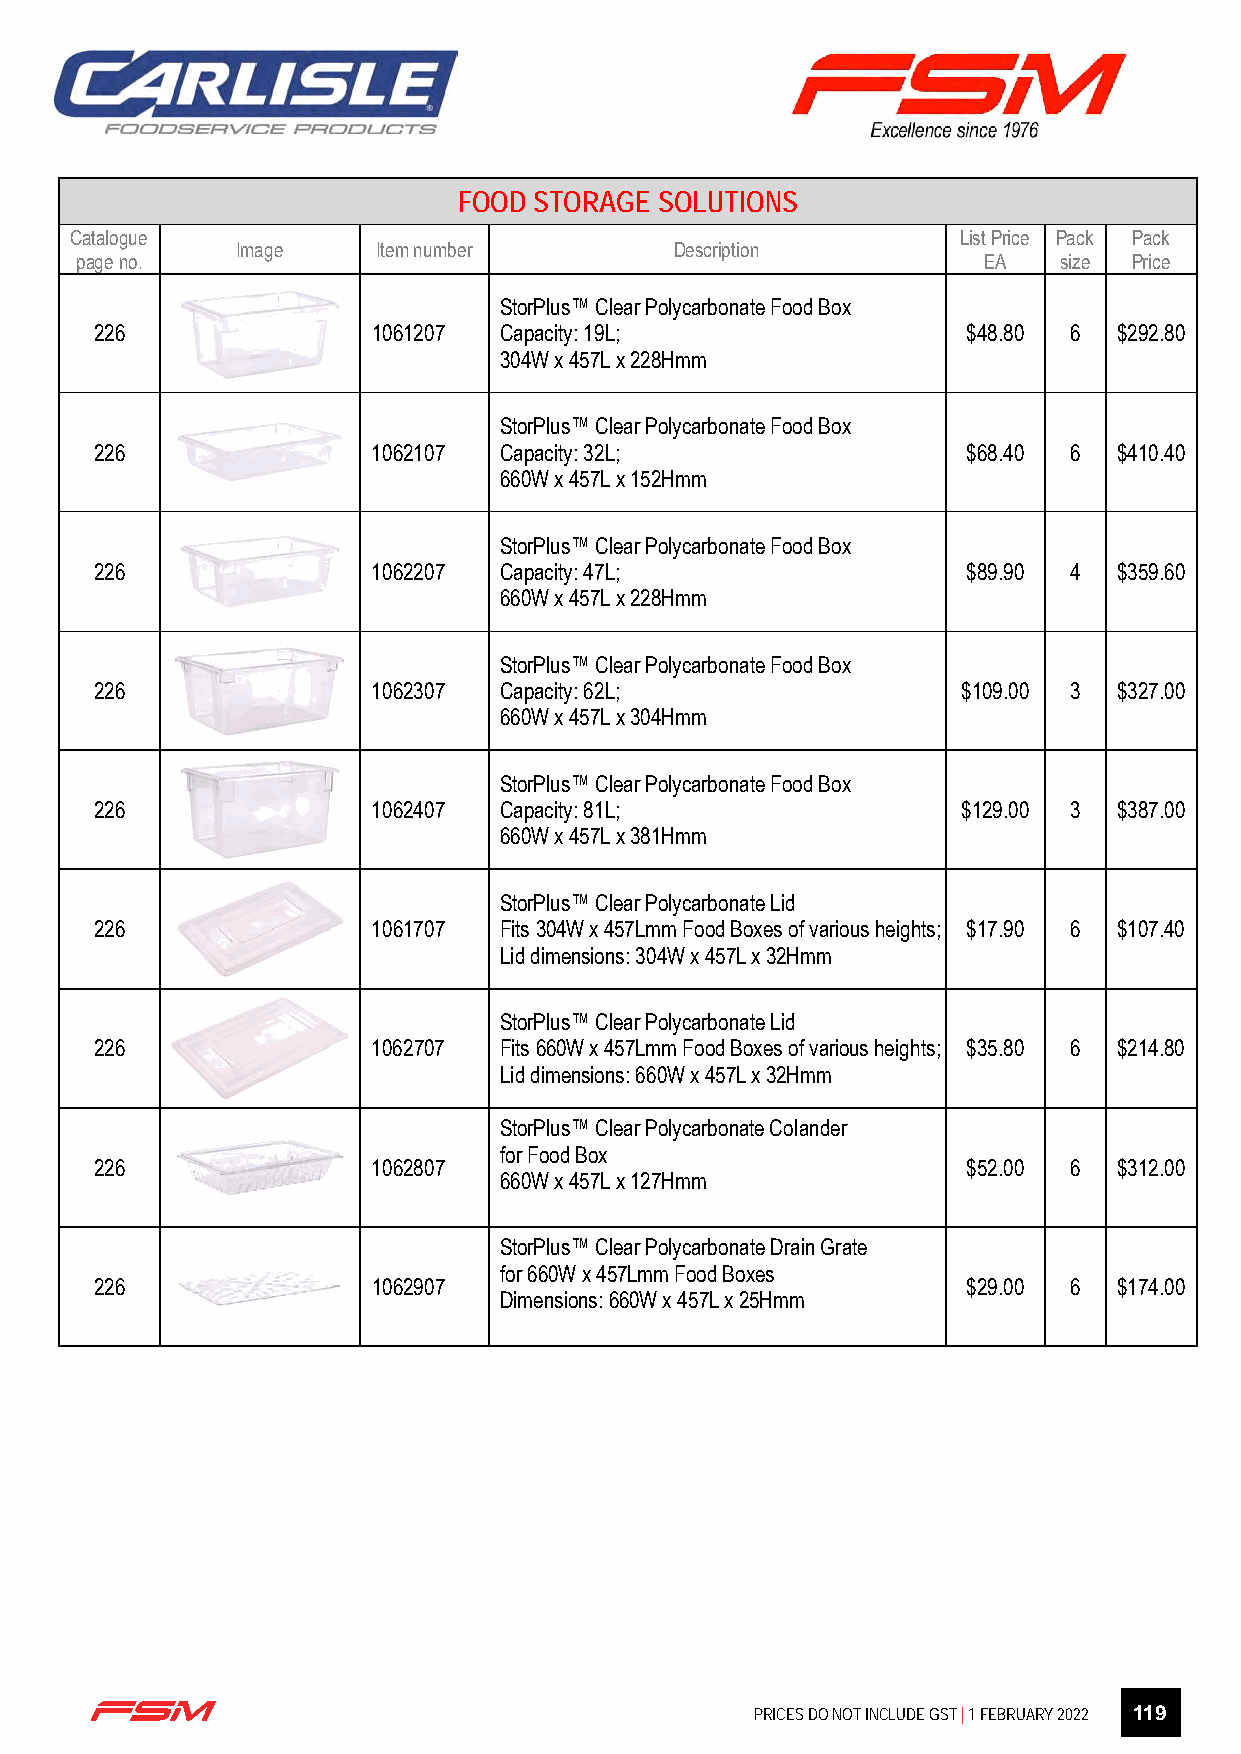
FOOD STORAGE  SOLUTIONS
 Catalogue                                                  List Price Pack Pack
 Image    Item number         Description
 page no.                                                    EA   size Price
 StorPlus™ Clear Polycarbonate Food Box
 226                1061207 Capacity: 19L;                 $48.80 6  $292.80
 304W x 457L x 228Hmm
 StorPlus™ Clear Polycarbonate Food Box
 226                1062107 Capacity: 32L;                 $68.40 6  $410.40
 660W x 457L x 152Hmm
 StorPlus™ Clear Polycarbonate Food Box
 226                1062207 Capacity: 47L;                 $89.90 4  $359.60
 660W x 457L x 228Hmm
 StorPlus™ Clear Polycarbonate Food Box
 226                1062307 Capacity: 62L;                 $109.00 3 $327.00
 660W x 457L x 304Hmm
 StorPlus™ Clear Polycarbonate Food Box
 226                1062407 Capacity: 81L;                 $129.00 3 $387.00
 660W x 457L x 381Hmm
 StorPlus™ Clear Polycarbonate Lid
 226                1061707 Fits 304W x 457Lmm Food Boxes of various heights; $17.90 6 $107.40
 Lid dimensions: 304W x 457L x 32Hmm
 StorPlus™ Clear Polycarbonate Lid
 226                1062707 Fits 660W x 457Lmm Food Boxes of various heights; $35.80 6 $214.80
 Lid dimensions: 660W x 457L x 32Hmm
 StorPlus™ Clear Polycarbonate Colander
 for Food Box
 226                1062807                                $52.00 6  $312.00
 660W x 457L x 127Hmm
 StorPlus™ Clear Polycarbonate Drain Grate
 for 660W x 457Lmm Food Boxes
 226                1062907                                $29.00 6  $174.00
 Dimensions: 660W x 457L x 25Hmm
 Page 17 of 27
 PRICES DO NOT INCLUDE GST | 1 FEBRUARY 2022 119